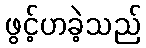
ဖွင့်ဟခဲ့သည်